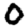
Digit: 0